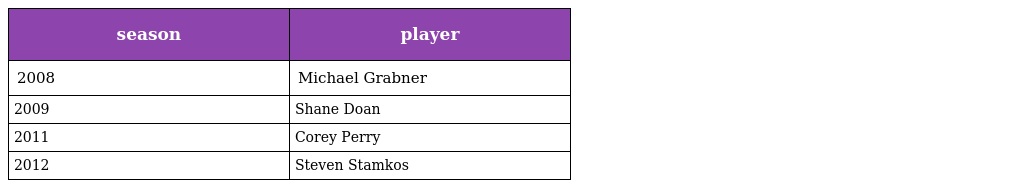
| season | player |
 | --- | --- |
 | 2008 | Michael Grabner |
 | 2009 | Shane Doan |
 | 2011 | Corey Perry |
 | 2012 | Steven Stamkos |